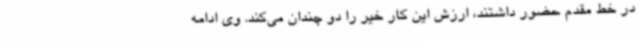
در خط مقدم حضور داشتند، ارزش این کار خیر را دو چندان می‌کند. وی ادامه